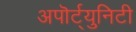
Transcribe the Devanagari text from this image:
अपॊर्ट्युनिटी